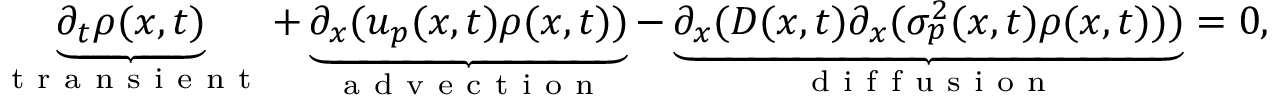
\underbrace { \partial _ { t } \rho ( x , t ) } _ { \substack { \mathrm { ~ t ~ r ~ a ~ n ~ s ~ i ~ e ~ n ~ t ~ } } } + \underbrace { \partial _ { x } ( u _ { p } ( x , t ) \rho ( x , t ) ) } _ { \substack { \mathrm { ~ a ~ d ~ v ~ e ~ c ~ t ~ i ~ o ~ n ~ } } } - \underbrace { \partial _ { x } ( D ( x , t ) \partial _ { x } ( \sigma _ { p } ^ { 2 } ( x , t ) \rho ( x , t ) ) ) } _ { \substack { \mathrm { ~ d ~ i ~ f ~ f ~ u ~ s ~ i ~ o ~ n ~ } } } = 0 ,